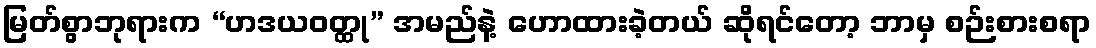
မြတ်စွာဘုရားက “ဟဒယဝတ္ထု” အမည်နဲ့ ဟောထားခဲ့တယ် ဆိုရင်တော့ ဘာမှ စဉ်းစားစရာ